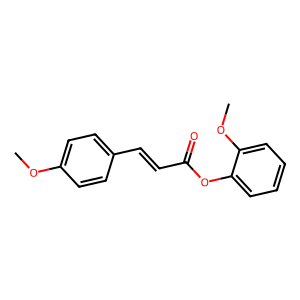
SMILES: COc1ccc(C=CC(=O)Oc2ccccc2OC)cc1
Inhibits HIV replication: No